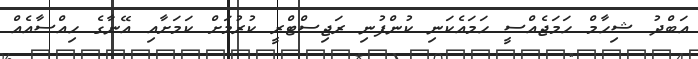
އަބްދު ޝިހާމް ހަމަޖެއްސީ ހަމައެކަނި ކުންފުނި ރަޖިސްޓްރީ ކުރުމަށް ކަމަށާއި އޭނާގެ ހިއްސާއެއް